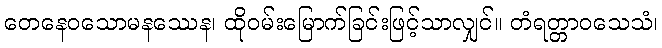
တေနေဝသောမနဿေန၊ ထိုဝမ်းမြောက်ခြင်းဖြင့်သာလျှင်။ တံရတ္တာဝသေသံ၊